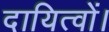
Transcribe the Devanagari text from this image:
दायित्वों।